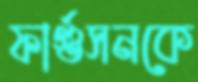
ফার্গুসনকে